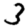
Digit: 3